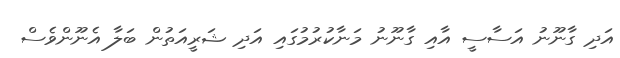
އަދި ގާނޫނު އަސާސީ އާއި ގާނޫނު މަނާކުރުމުގައި އަދި ޝަރީއަތުން ބަލާ އެނޫންވެސް